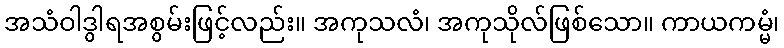
အသံဝါဒွါရအစွမ်းဖြင့်လည်း။ အကုသလံ၊ အကုသိုလ်ဖြစ်သော။ ကာယကမ္မံ၊